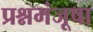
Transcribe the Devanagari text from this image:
प्रश्नमंजूषा